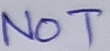
Text: NOT